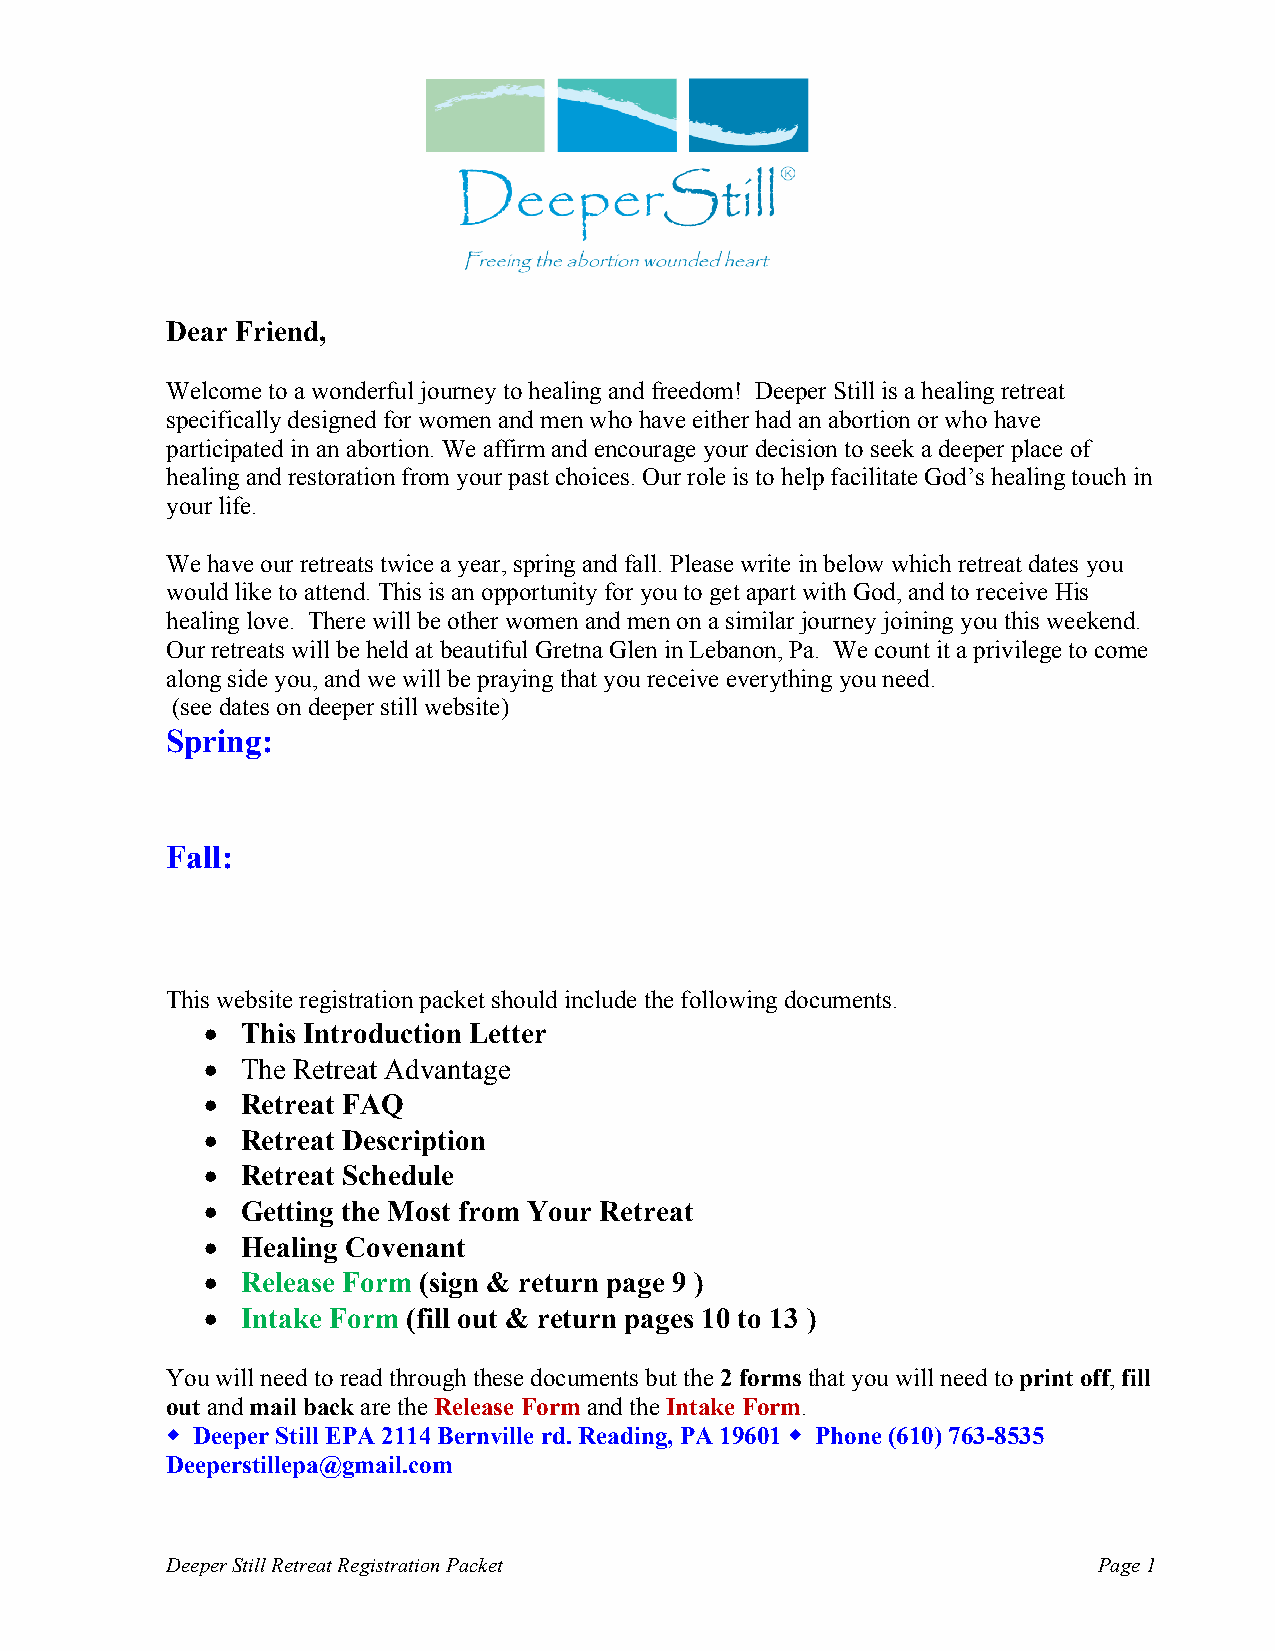
Dear Friend,
 Welcome to a wonderful journey to healing and freedom! Deeper Still is a healing retreat
 specifically designed for women and men who have either had an abortion or who have
 participated in an abortion. We affirm and encourage your decision to seek a deeper place of
 healing and restoration from your past choices. Our role is to help facilitate God’s healing touch in
 your life.
 We have our retreats twice a year, spring and fall. Please write in below which retreat dates you
 would like to attend. This is an opportunity for you to get apart with God, and to receive His
 healing love. There will be other women and men on a similar journey joining you this weekend.
 Our retreats will be held at beautiful Gretna Glen in Lebanon, Pa. We count it a privilege to come
 along side you, and we will be praying that you receive everything you need.
 (see dates on deeper still website)
 Spring:
 Fall:
 This website registration packet should include the following documents.
 •  This Introduction Letter
 •  The Retreat Advantage
 •  Retreat FAQ
 •  Retreat Description
 •  Retreat Schedule
 •  Getting the Most from Your Retreat
 •  Healing Covenant
 •  Release Form (sign & return page 9 )
 •  Intake Form (fill out & return pages 10 to 13 )
 You will need to read through these documents but the 2 forms that you will need to print off, fill
 out and mail back are the Release Form and the Intake Form.
 w Deeper Still EPA 2114 Bernville rd. Reading, PA 19601 w Phone (610) 763-8535
 Deeperstillepa@gmail.com
 Deeper Still Retreat Registration Packet                      Page 1